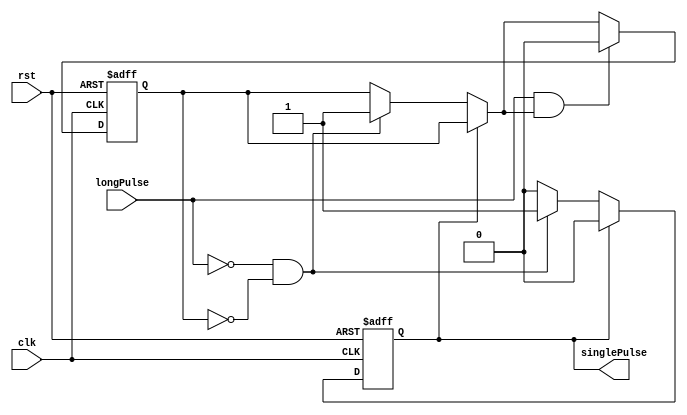
module OnePulser(clk, rst, longPulse, singlePulse);
        
        input clk, rst, longPulse;
        output reg singlePulse;

        reg generated;

        always @(posedge clk, posedge rst) begin
                if (rst) begin
                        singlePulse = 1'b0;
                        generated = 1'b0;
                end

                else begin
                        if (singlePulse == 1'b1) begin
                                singlePulse = 1'b0;
                        end

                        else if (~longPulse && ~generated) begin
                                singlePulse = 1'b1;
                                generated = 1'b1;
                        end
                        
                        if (longPulse && generated) begin
                                generated = 1'b0;
                        end
                end
        end

endmodule